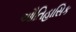
ઔતિહાસિક